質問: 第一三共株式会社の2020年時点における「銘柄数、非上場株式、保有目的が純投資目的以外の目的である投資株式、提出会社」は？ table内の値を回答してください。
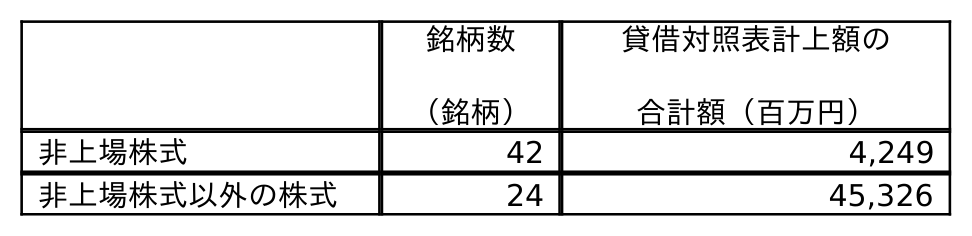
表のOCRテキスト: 銘柄数 （銘柄） 貸借対照表計上額の 合計額（百万円） 非上場株式 42 4,249 非上場株式以外の株式 24 45,326
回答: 42